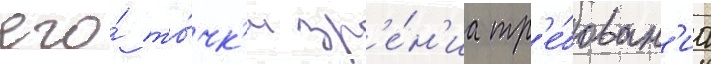
его́ то́чк'и зр'е́н'иа тр'е́бован'иа